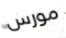
مورس